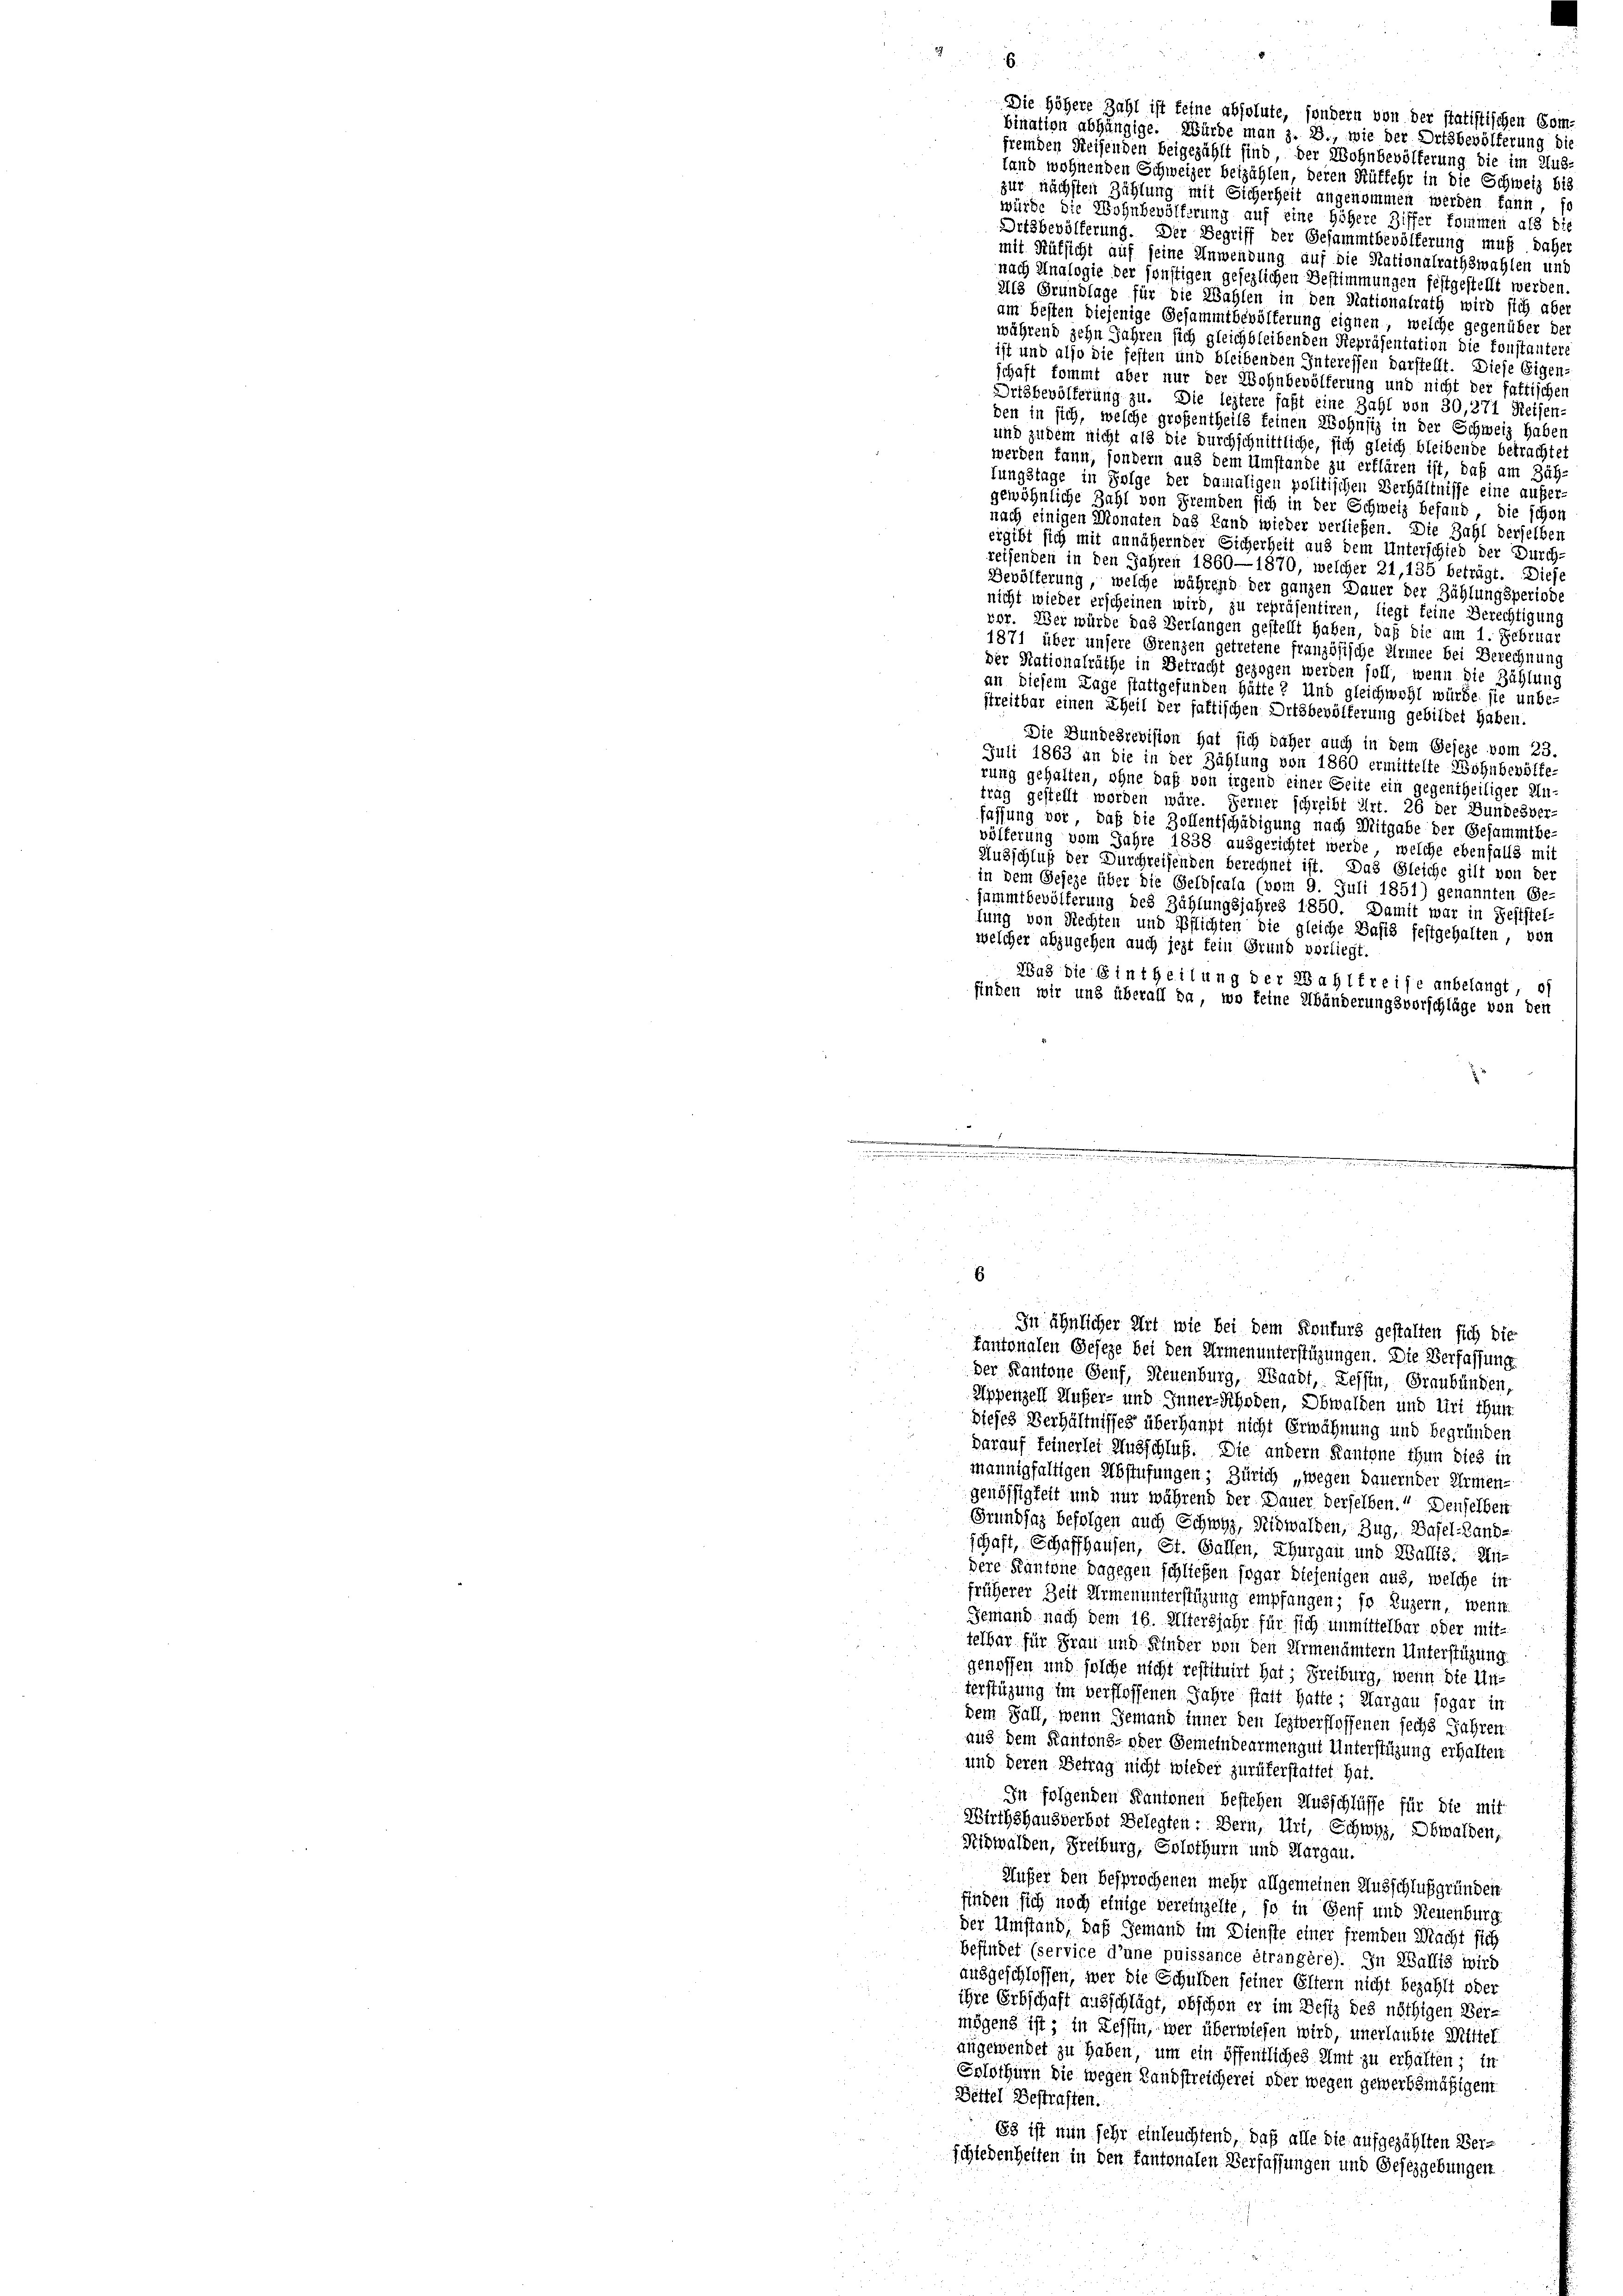
fremden Reisenden beigezählt sind, der Wohnbevölkerung die im Aus-
fand wohnenden Schweizer beizählen, deren Rüffehr in die Schweiz bis
zur nächsten Zählung mit Sicherheit angenommen werden kann, so
würde die Wohnbevölferung auf eine höhere Ziffer kommen als die
Ortsbevölferung. Der Begriff der Gesammtbevölferung muß daher
mit Rüksicht auf seine Anwendung auf die Nationalrathswahlen und
nach Analogie der sonstigen gesezlichen Bestimmungen festgestellt werden.
Als Grundlage für die Wahlen in den Nationalrath wird sich aber
am Besten diejenige Gesammtbevölkerung eignen, welche gegenüber der
während zehn Jahren sich gleichbleibenden Repräsentation die konstantere
ist und also die festen und bleibenden Interessen darstellt. Diese Eigen-
schaft kommt aber nur der Wohnbevölferung und nicht der faktischen
Ortbbevölferung zu. Die leztere faßt eine Zahl von 30,271 Reisen-
den in sich, welche großentheils keinen Wohnsiz in der Schweiz haben
und zudem nicht als die durchschnittliche, sich gleich bleibende betrachtet
werden kann, sondern aus dem Umstände zu erklären ist, daß am Zäh-
fungstage in Folge der damaligen politischen Verhältnisse eine außergewöhnliche Zahl von Fremden sich in der Schweiz befand, die schon
nach einigen Monaten das Land wieder verließen. Die Zahl derselben
ergibt sich mit annähernder Sicherheit aus dem Unterschied der Durch-
rethenden in den Jahren 1860—1870, welcher 21, 135 beträgt. Diese
Bevölkerung, welche während der ganzen Dauer der Zählungsperiode
nicht wieder erscheinen wird, zu repräsentiren, liegt keine Berechtigun
vor. Wer würde das Verlangen gestellt haben, daß die am 1. Februar
1871 über unsere Grenzen getretene französische Armee bei Berechnung
der Nationalräthe in Betracht gezogen werden soll, wenn die Zählung
an diesem Lage stattgefunden hätte? Und gleichwohl würde sie unbe-
streitbar einen Theil der faltischen Ortsbevölferung gebildet haben.
Die Bundesrevision hat sich daher auch in dem Geseze vom 23.
Juli 1863 an die in der Zählung von 1860 ermittelte Wohnbevölke-
rung gehalten, ohne daß von irgend einer Seite ein gegentheiliger Un-
trag gestellt worden wäre. Ferner schreibt Art. 26 der Bundesver-
fassung vor, daß die Zollentschädigung nach Mitgabe der Gesammtbe
völferung vom Jahre 1838 ausgerichtet werde, welche ebenfalls mit
Ausschluß der Durchreisenden berechnet ist. Das Gleiche gilt von der
in dem Geseze über die Geldscala (vom 9. Juli 1851) genannten Ge-
sammtbevölferung des Zählungsjahres 1850. Damit war in Feststel-
lung von Rechten und Pflichten die gleiche Basis festgehalten, von
welcher abzugehen auch jezt fein Grund vorliegt.
Was die Eintheilung der Wahlfreise anbelangt of
finden wir und überall da, wo keine Abänderungsvorschläge von den

a

6

Die höhere Zahl ist feine absolute, sondern von der statistischen Combination abhängige. Würde man z. B., wie der Ortsbevölferung die

eise der einer eine er seine

In ähnlicher Art wie bei dem Konfurg gestalten sich die
kantonalen Geseze bei den Armenunterstüzungen. Die Verfassung

der Kantone Genf, Neuenburg, Waadt, Tessin, Graubünden,
Appenzell Außer- und Inner-Rhoden, Obwalden und Uri Thürt.
Dieses Verhältnisses überhaupt nicht Erwähnung und begründen
darauf feinerlei Ausschluß. Die andern Kantone ihnn dies in
mannigfaltigen Abstufungen; Zürich „wegen dauernder Armen-
genössigkeit und nur während der Dauer derselben.“ Denselben
Grundsaz befolgen auch Schwyz, Nidwalden, Zug, Basel-Land-
schaft, Schaffhausen, St. Gallen, Thurgau und Wallis. An-
dere Kantone dagegen schließen sogar diejenigen aus, welche in
früherer Zeit Armenunterstüzung empfangen; so Luzern, wenn
Jemand nach dem 16. Altersjahr für sich unmittelbar oder mit-
telbar für Frau und Kinder von den Armenämtern Unterstüzung
genossen und solche nicht restituirt hat; Freiburg, wenn die Unterstüzung im verstoffenen Jahre statt hatte: Margau sogar in
dem Fall, wenn Jemann inner den leztverflossenen sechs Jahren.
aus dem Kantons- oder Gemeindearmengut Unterstüzung erhalten
und deren Betrag nicht wieder zurükerstattet hat.
In folgenden Kantonen bestehen Ausschlüsse für die mit
Wirthshausverbet Belegten: Bern, Uri, Schwyz, Obwalden,
Nidwalden, Freiburg, Solothurn und Margau.
Musser den besprochenen mehr allgemeinen Ausschluß gründen
finden sich noch einige Vereinzelte, so in Genf und Neuenburg
der Umstand, daß Jemand im Dienste einer fremden Macht sich
Befindet (service d’une puissance étrangère). In Wallis wird
ausgeschlossen, wer die Schulden seiner Eltern nicht bezahlt oder
ihre Erbschaft ausschlägt, obschon er im Desiz des nöthigen Ver-
mögens ist, in Tessin, wer überwiesen wird, unerlaubte Mittel
angewendet zu haben, um ein öffentliches Amt zu erhalten; in
Solothurn die wegen Landstreicherei oder wegen gewerbsmäßigem
Bittel Bestraften.
Es ist nun sehr einleuchtend, daß alle die aufgezählten Ver-
schiedenheiten in den kantonalen Verfassungen und Gesezgebungen